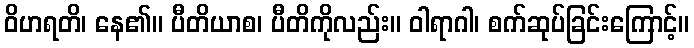
ဝိဟရတိ၊ နေ၏။ ပီတိယာစ၊ ပီတိကိုလည်း။ ဝါရာဂါ၊ စက်ဆုပ်ခြင်းကြောင့်။